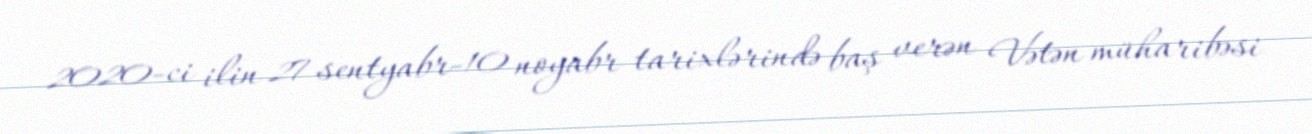
2020-ci ilin 27 sentyabr-10 noyabr tarixlərində baş verən Vətən müharibəsi